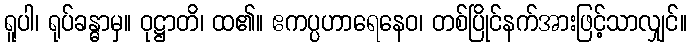
ရူပါ၊ ရုပ်ခန္ဓာမှ။ ဝုဋ္ဌာတိ၊ ထ၏။ ဧကပ္ပဟာရေနေဝ၊ တစ်ပြိုင်နက်အားဖြင့်သာလျှင်။